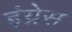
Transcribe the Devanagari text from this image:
इंग्रेस